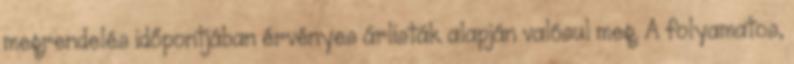
megrendelés időpontjában érvényes árlisták alapján valósul meg. A folyamatos,